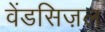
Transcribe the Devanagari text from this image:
वेंडसिज़ल